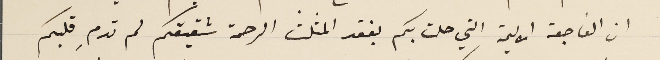
ان الفاجعة الاليمة التي حلت بكم بفقد المثلث الرحمة شقيقكم لم تدمِ قلبكم